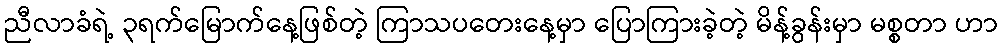
ညီလာခံရဲ့ ၃ရက်မြောက်နေ့ဖြစ်တဲ့ ကြာသပတေးနေ့မှာ ပြောကြားခဲ့တဲ့ မိန့်ခွန်းမှာ မစ္စတာ ဟာ